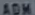
ADM